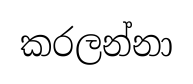
කරලන්නා